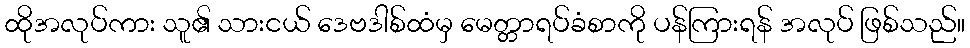
ထိုအလုပ်ကား သူ၏ သားငယ် ဒေဗဒါစ်ထံမှ မေတ္တာရပ်ခံစာကို ပန်ကြားရန် အလုပ် ဖြစ်သည်။